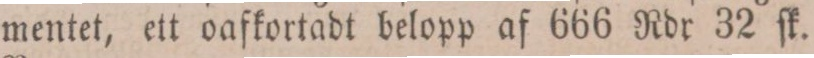
mentet, ett oafkortadt belopp af 666 Rdr 32 ſk.